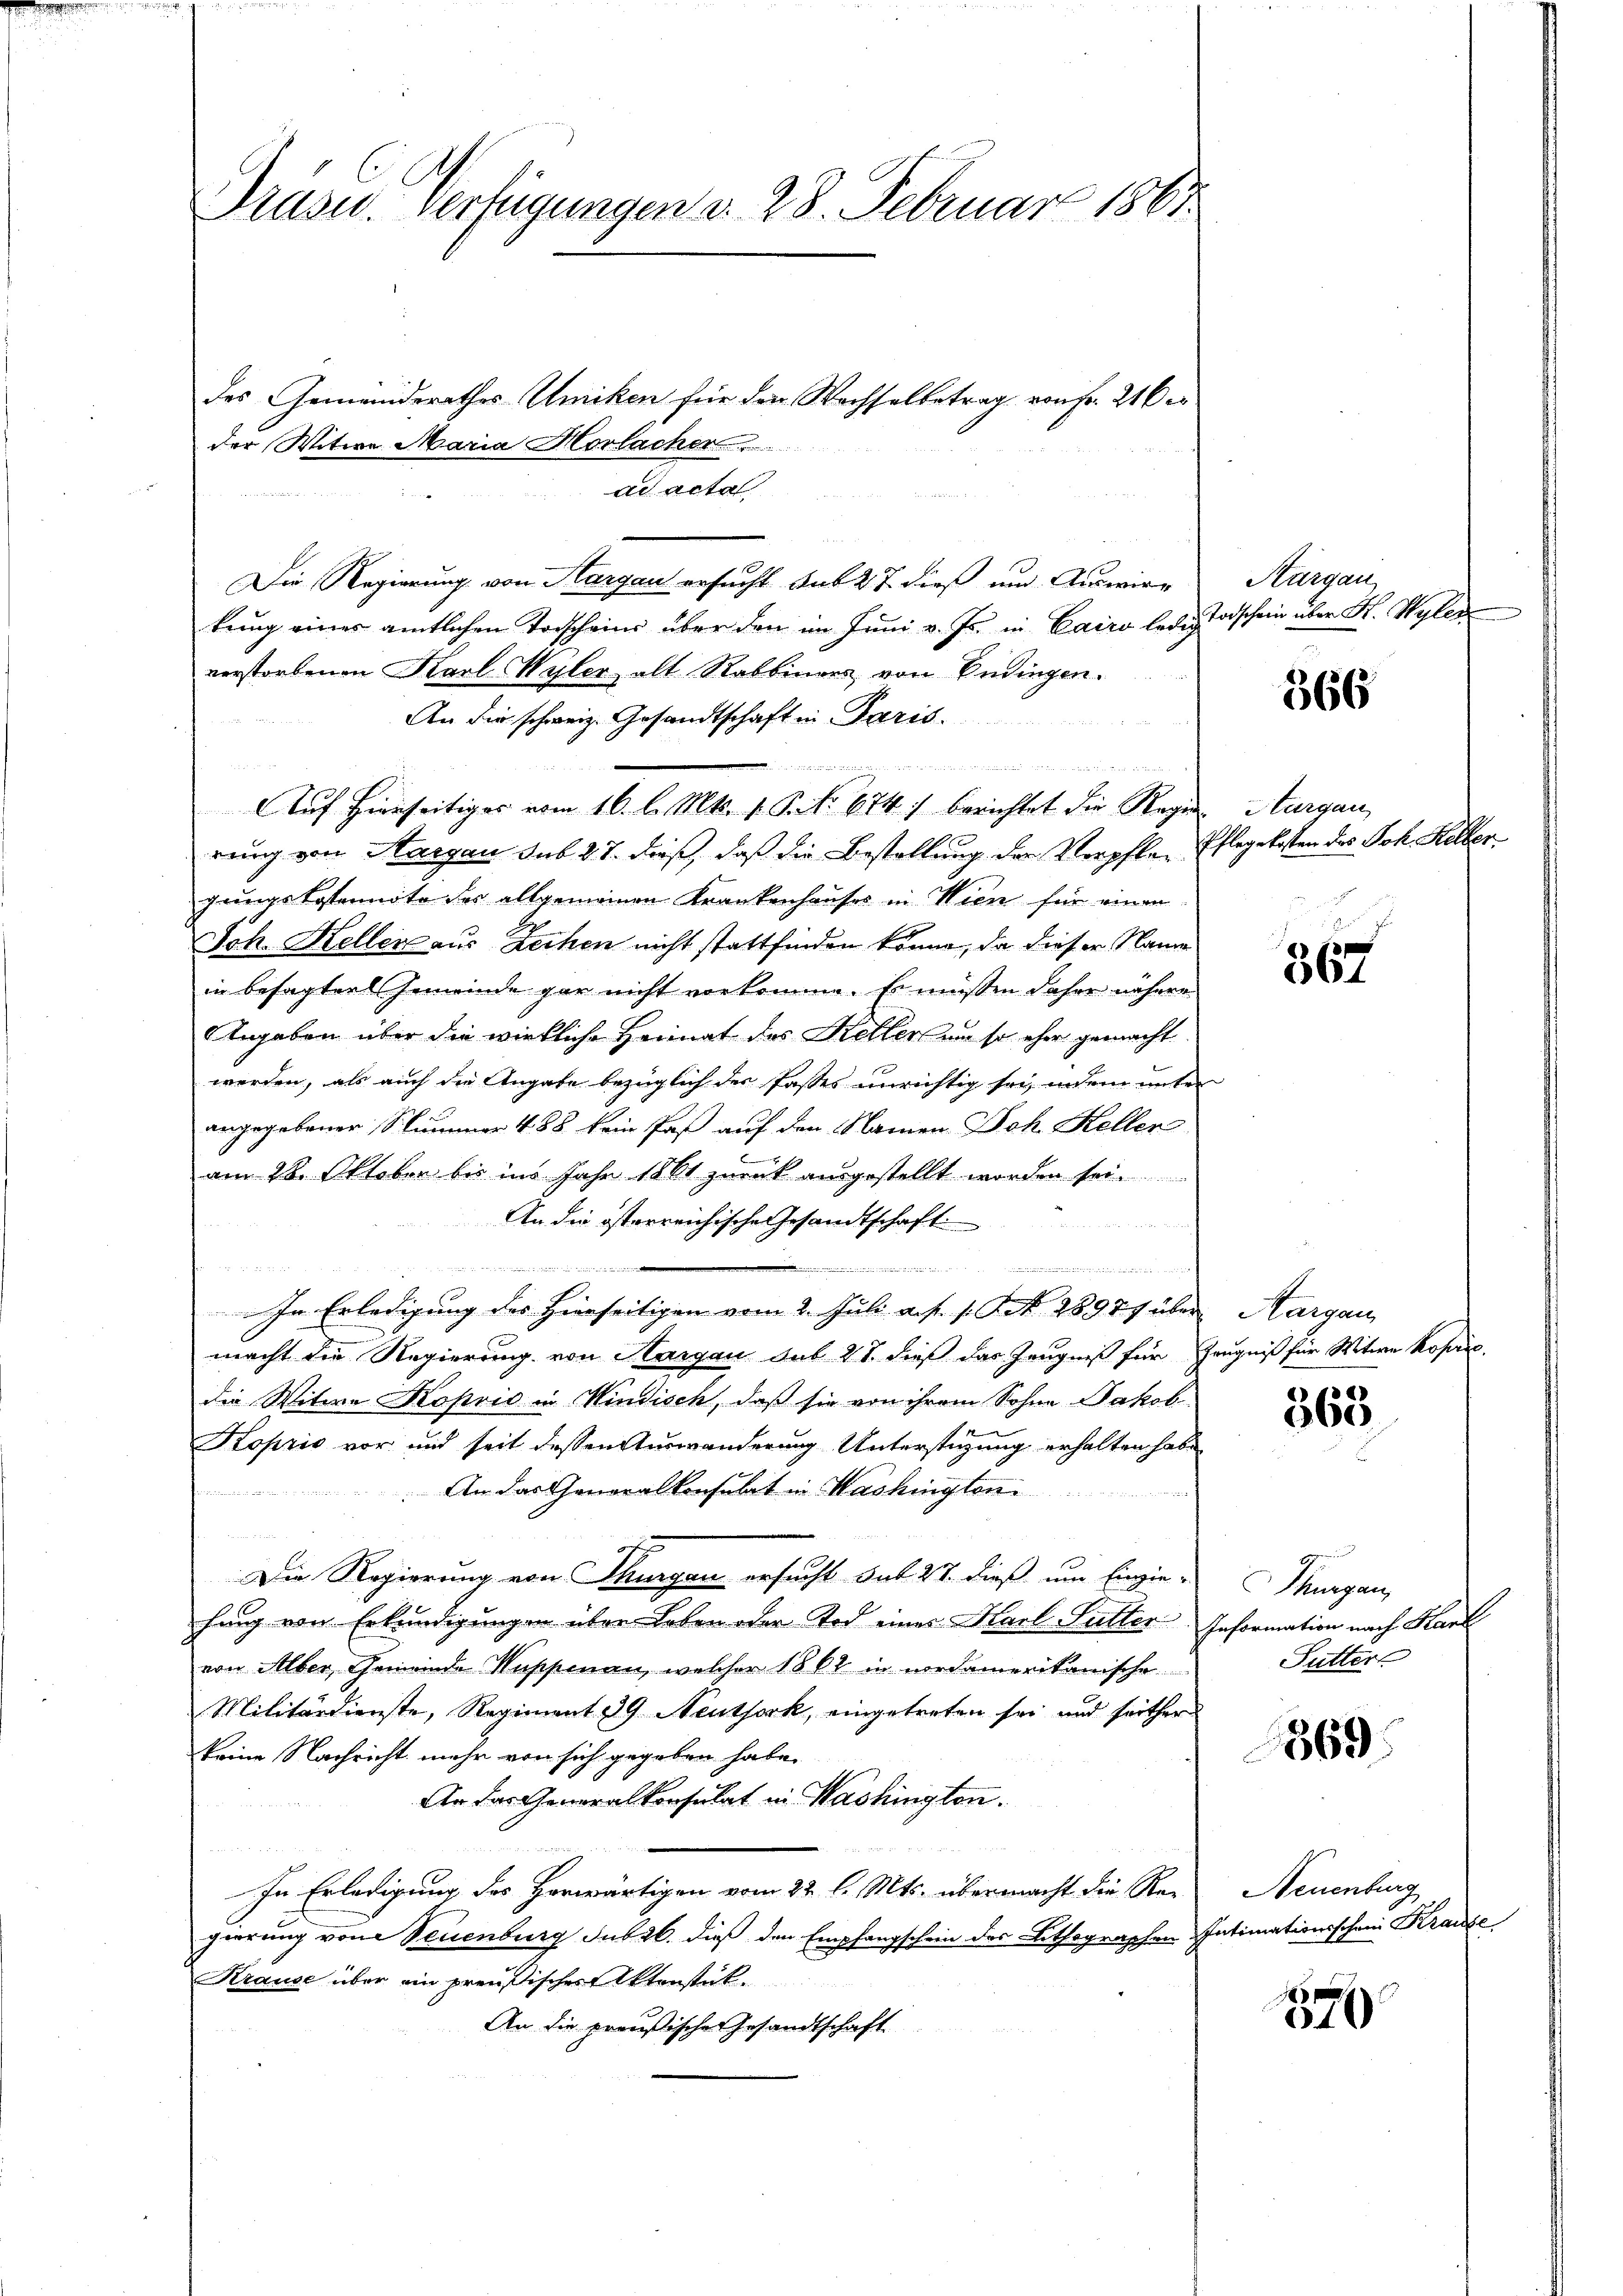
Präs. Verfügungen d. 28. Februar 1861

Die Regierung von Aargau ersucht sub 27 dieß und Auswir-
kung eines amtlichen Torscheine über den im Juni v. Js. in Cairo ledig
verstorbenen Karl Wyler alt Rabbinges von Endingen.
An die schweiz. Gesandtschaft in Paris.
an

rung von Aargau sub 27. dieß, daß die Bestellung der Verpflen Pflegekosten des Joh. Heller
gungskostennote des allgemeinen Krankenhauses in Wien für einen
Joh. Heller aus Zechen nicht stattfinden könne, da dieser Name
in besagter Gemeinde gar nicht vorkomme. Es müßen daher nähere
Angaben über die wirkliche Heimat des Ketter um so eher gemacht
werden, als auch die Angabe bezüglich der fasses unrichtig sei, indem unter
angegebener Nummer 488 kein Paß auf den Namen Joh. Heller
e
am 28. Oktober bis ins Jahr 1861 zurück ausgestellt worden sein
An die österreichische Gesandtschaft

ewenden in mit ein

aenden in
In Erledigung des Hierseitigen vom 2. Juli a. f. s. S. 1897 über Aargau,
macht die Regierung von Hargau sub 21. dieß das Zeugniß für Zeugniß für Witwe Koperi
die Witwe Koprio in Windisch, daß sie von ihrem Sohne Jakob
Koprio vor und seit dessen Auswanderung Unterstüzung erhalten habe
An das Generalkonsulat in Washington

Die Regierung von Thurgau ersucht sub 27. dieß um Einzie-
hung von Erkundigungen über Leben oder Tod einer Karl Futter Information nach Karl
von Alber, Gemeinde Wappenau, welcher 1862 in nordamerikanische
Militärdienste, Regiment 39 Neuthork, eingetreten sei und seither
keine Nachricht mehr von sich gegeben habe.
An das Generalkonsulat in Washington.
In Erledigung des Herwärtigen vom 22 l. Mts. übermacht die Re-
gierung von Neuenburg sub 26. dieß den Empfangschein des Lithographen Intimationsschein Krause
Krause über ein preußischer Aktenstät¬
An die preußische Gesandtschaft

des Gemeinderathes Umiken für den Wachselbetrag von Fr. 210 er
der Witwe Maria Horlacher
ad acta

Auf Hierseitiges vom 16. l. Mts. v. P. Nr. 674) berichtet die Regen Aargau,

Thurgau,
Todschein über K. Wylen

366

367

365

Thurgau,
Sutter

369.

Neuenburg

84